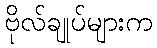
ဗိုလ်ချုပ်များက